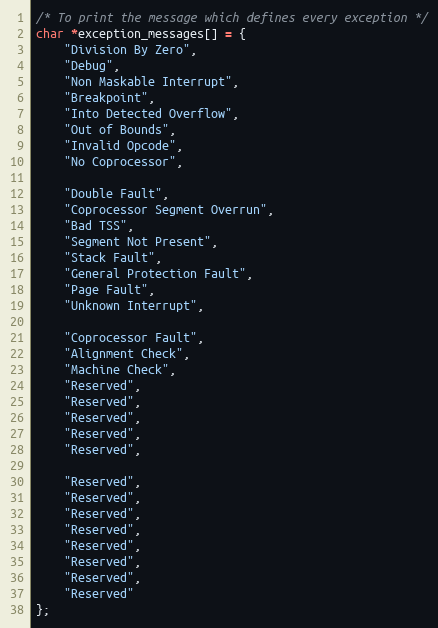
Language: C
/* To print the message which defines every exception */
char *exception_messages[] = {
    "Division By Zero",
    "Debug",
    "Non Maskable Interrupt",
    "Breakpoint",
    "Into Detected Overflow",
    "Out of Bounds",
    "Invalid Opcode",
    "No Coprocessor",

    "Double Fault",
    "Coprocessor Segment Overrun",
    "Bad TSS",
    "Segment Not Present",
    "Stack Fault",
    "General Protection Fault",
    "Page Fault",
    "Unknown Interrupt",

    "Coprocessor Fault",
    "Alignment Check",
    "Machine Check",
    "Reserved",
    "Reserved",
    "Reserved",
    "Reserved",
    "Reserved",

    "Reserved",
    "Reserved",
    "Reserved",
    "Reserved",
    "Reserved",
    "Reserved",
    "Reserved",
    "Reserved"
};